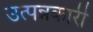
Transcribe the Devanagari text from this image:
उत्पन्नकारी